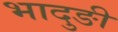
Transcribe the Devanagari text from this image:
भादुङी